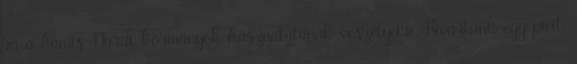
rá a hamis Nardi-kormányok használatának veszélyeire. Kivártunk egy picit,